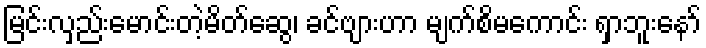
မြင်းလှည်းမောင်းတဲ့မိတ်ဆွေ၊ ခင်ဗျားဟာ မျက်စိမကောင်း ရှာဘူးနော်